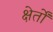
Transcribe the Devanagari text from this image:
क्षेर्तों